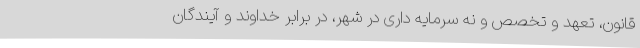
قانون، تعهد و تخصص و نه سرمایه داری در شهر، در برابر خداوند و آیندگان